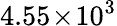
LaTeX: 4.55\! \times\! 10^{3}